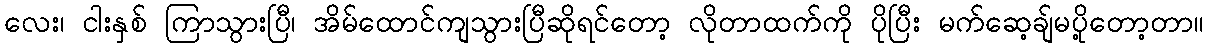
လေး၊ ငါးနှစ် ကြာသွားပြီ၊ အိမ်ထောင်ကျသွားပြီဆိုရင်တော့ လိုတာထက်ကို ပိုပြီး မက်ဆေ့ချ်မပို့တော့တာ။